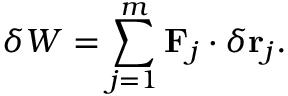
\delta W = \sum _ { j = 1 } ^ { m } \mathbf { F } _ { j } \cdot \delta \mathbf { r } _ { j } .